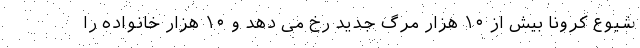
شیوع کرونا بیش از ۱۰ هزار مرگ جدید رخ می دهد و ۱۰ هزار خانواده را